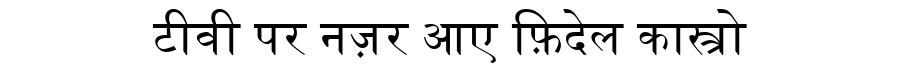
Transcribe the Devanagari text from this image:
टीवी पर नज़र आए फ़िदेल कास्त्रो